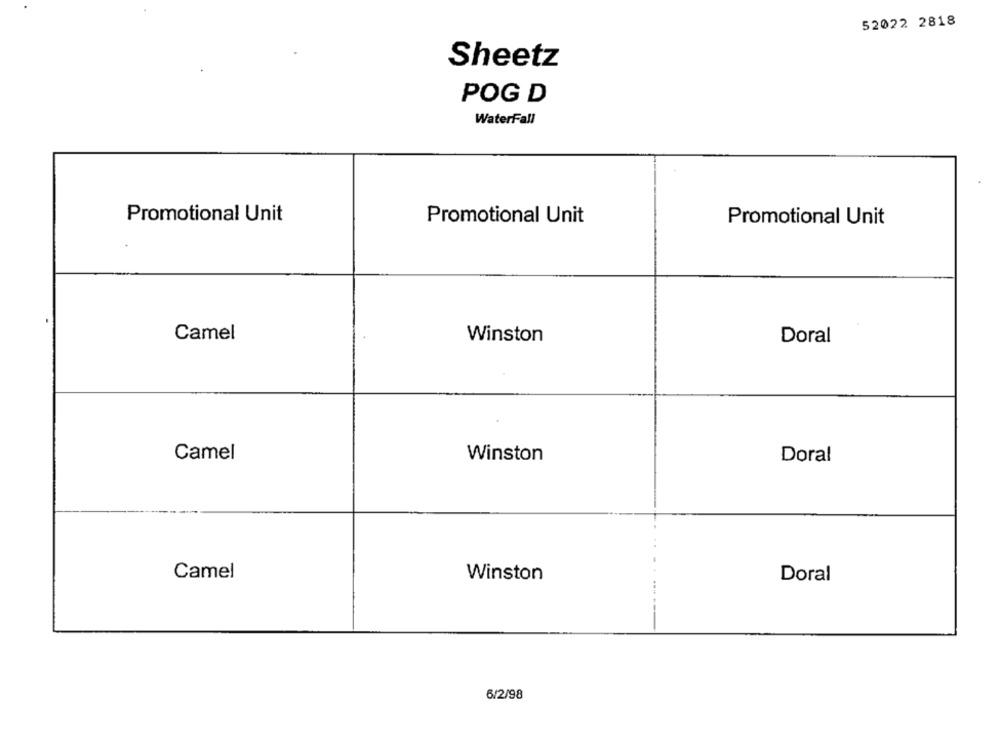
52022 2818
Sheetz
POG D
WaterFall
Promotional Unit
Promotional Unit
Promotional Unit
Camel
Winston
Doral
Camel
Winston
Doral
Camel
Winston
Doral
6/2/98